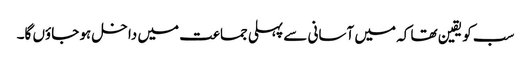
سب کو یقین تھا کہ میں آسانی سے پہلی جماعت میں داخل ہو جاؤں گا۔